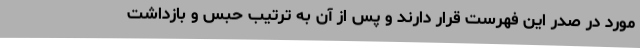
مورد در صدر این فهرست قرار دارند و پس از آن به ترتیب حبس و بازداشت